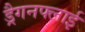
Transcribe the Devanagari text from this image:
ड्रैगनफ्लाई